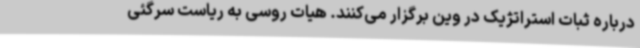
درباره ثبات استراتژیک در وین برگزار می‌کنند. هیات روسی به ریاست سرگئی